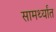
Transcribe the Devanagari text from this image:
सामर्थ्यांत